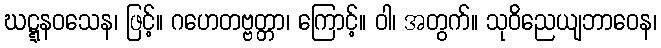
ဃဋ္ဋနဝသေန၊ ဖြင့်။ ဂဟေတဗ္ဗတ္တာ၊ ကြောင့်။ ဝါ၊ အတွက်။ သုဝိညေယျဘာဝေန၊